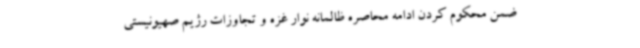
ضمن محکوم کردن ادامه محاصره ظالمانه نوار غزه و تجاوزات رژیم صهیونیستی